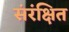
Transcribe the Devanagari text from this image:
संरंक्षित